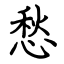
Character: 愁